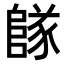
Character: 𨺵